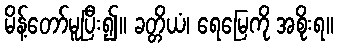
မိန့်တော်မူပြီး၍။ ခတ္တိယံ၊ ရေမြေကို အစိုးရ။